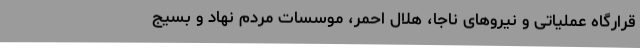
قرارگاه عملیاتی و نیروهای ناجا، هلال احمر، موسسات مردم نهاد و بسیج